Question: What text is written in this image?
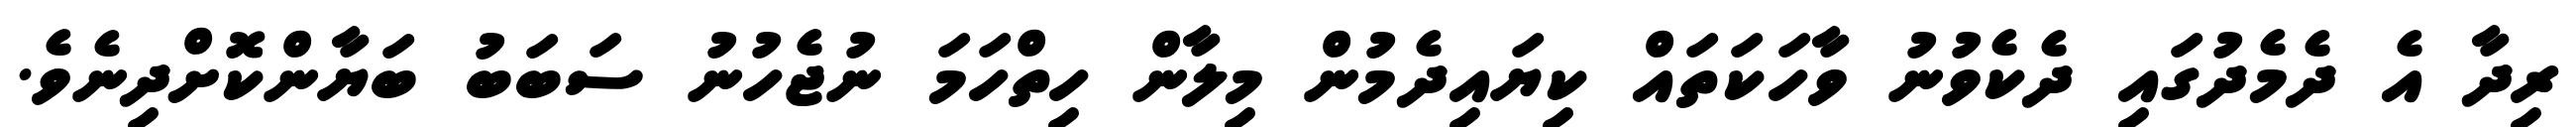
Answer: ރިދާ އެ ދެމެދުގައި ދެކެވުނު ވާހަކަތައް ކިޔައިދެމުން މިލާން ހިތްހަމަ ނުޖެހުނު ސަބަބު ބަޔާންކޮށްދިނެވެ.